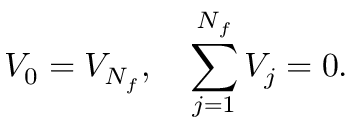
V _ { 0 } = V _ { N _ { f } } , \quad \sum _ { j = 1 } ^ { N _ { f } } V _ { j } = 0 .